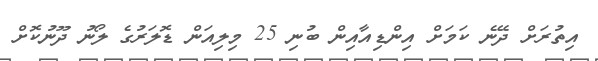
އިތުރަށް ދޭނެ ކަމަށް އިންޑިއާއިން ބުނި 25 މިލިއަން ޑޮލަރުގެ ލޯނު ދޫނުކޮށް